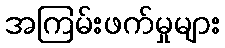
အကြမ်းဖက်မှုများ